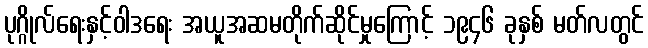
ပုဂ္ဂိုလ်ရေးနှင့်ဝါဒရေး အယူအဆမတိုက်ဆိုင်မှုကြောင့် ၁၉၄၆ ခုနှစ် မတ်လတွင်